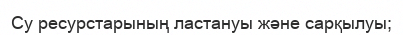
Су ресурстарының ластануы және сарқылуы;